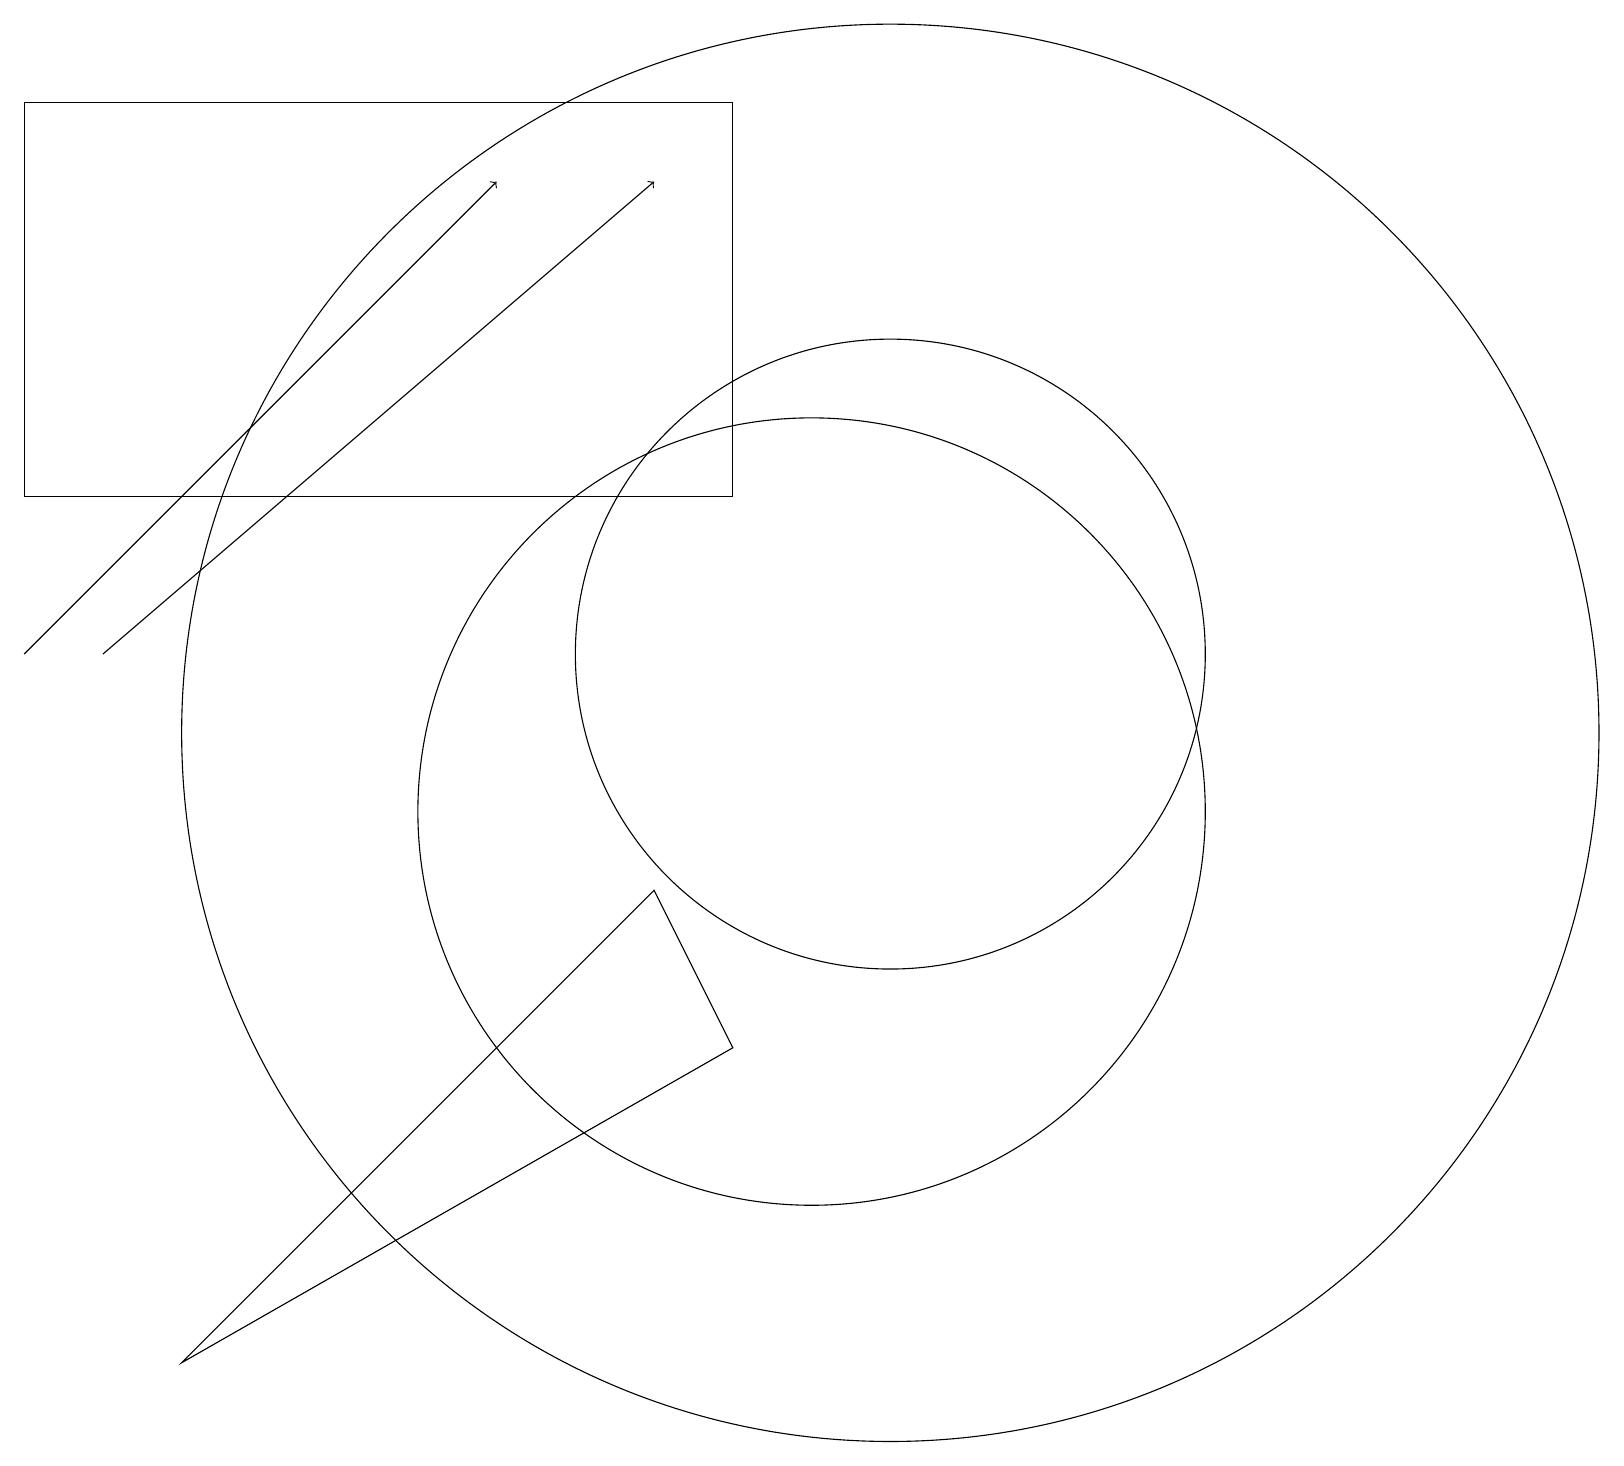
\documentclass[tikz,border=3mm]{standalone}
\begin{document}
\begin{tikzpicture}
\draw (10,10) circle (5);
\draw (11,12) circle (4);
\draw (11,11) circle (9);
\draw (9,7) -- (2,3) -- (8,9) -- cycle;
\draw (12,11) circle (0);
\draw[->] (1,12) -- (8,18);
\draw (0,19) rectangle (9,14);
\draw[->] (0,12) -- (6,18);
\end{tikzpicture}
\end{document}